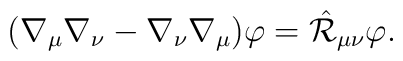
(\nabla_{\mu} \nabla_{\nu}-\nabla_{\nu} \nabla_{\mu} ) \varphi =\hat{\cal R}_{\mu\nu}    \varphi.